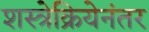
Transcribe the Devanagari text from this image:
शस्त्रेक्रियेनंतर